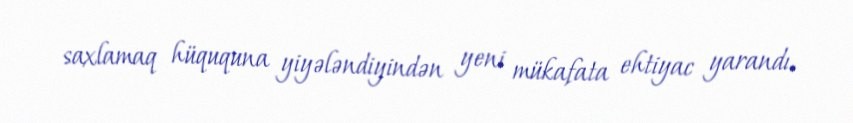
saxlamaq hüququna yiyələndiyindən yeni mükafata ehtiyac yarandı.